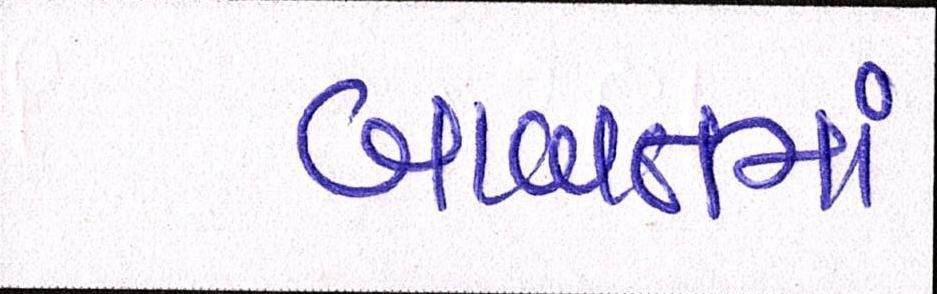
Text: બાબતમાં